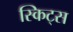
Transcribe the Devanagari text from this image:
स्किट्स